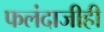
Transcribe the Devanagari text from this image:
फलंदाजीही